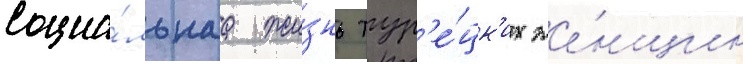
социа́льнаа жи́знь тур'е́цк'их же́нщин